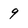
Character: 9